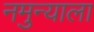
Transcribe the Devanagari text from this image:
नमुन्याला